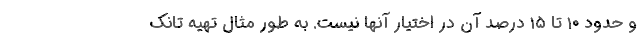
و حدود ۱۰ تا ۱۵ درصد آن در اختیار آنها نیست. به ‌طور مثال تهیه تانک